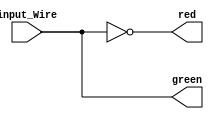
module Pedestrian_Light(
    input_Wire,                 
    red,                        
    green
    );

    input  input_Wire;                  // 0 : red 
    output red;                         // 1 : green
    output green;

    assign  red = (input_Wire ==0);     
    assign  green = (input_Wire ==1);

endmodule